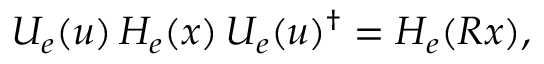
U _ { e } ( u ) \, H _ { e } ( x ) \, U _ { e } ( u ) ^ { \dagger } = H _ { e } ( R x ) ,